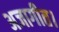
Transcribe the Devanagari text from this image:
अजागीत।